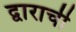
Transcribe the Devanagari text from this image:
द्वाराची